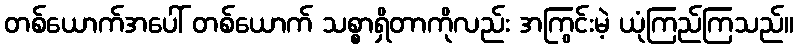
တစ်ယောက်အပေါ် တစ်ယောက် သစ္စာရှိတာကိုလည်း အကြွင်းမဲ့ ယုံကြည်ကြသည်။